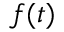
f ( t )